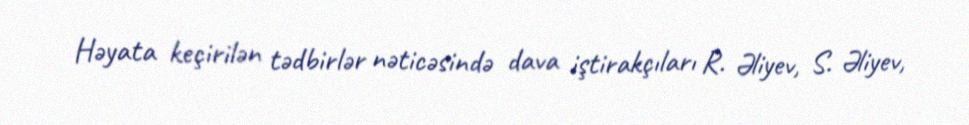
Həyata keçirilən tədbirlər nəticəsində dava iştirakçıları R. Əliyev, S. Əliyev,